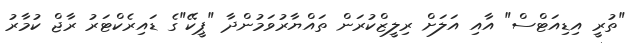
"ތުރީ އިޑިއަޓްސް" އާއި އަލަށް ރިލީޒްކުރަން ތައްޔާރުވަމުންދާ "ޕީކޭ"ގެ ޑައިރެކްޓަރު ރާޖް ކުމާރު